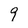
Character: 9